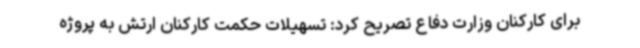
برای کارکنان وزارت دفاع تصریح کرد: تسهیلات حکمت کارکنان ارتش به پروژه